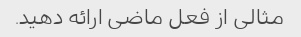
مثالی از فعل ماضی ارائه دهید.